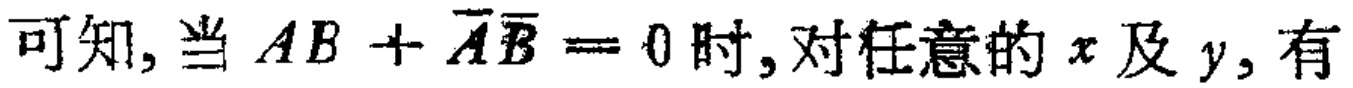
可知, 当 \(AB + \overline{A}\overline{B}=0\) 时, 对任意的 \(x\) 及 \(y\), 有